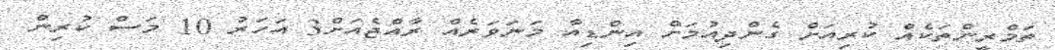
ތަމްރީންތަކެއް ކުރިއަށް ގެންދިއުމަށް އިންޑިއާ މަނަވަރެއް ރާއްޖެއަށް3 އަހަރު 10 މަސް ކުރިން.